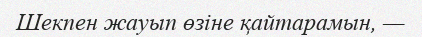
Шекпен жауып өзіне қайтарамын, —